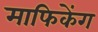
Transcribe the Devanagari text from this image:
माफिकेंग